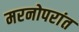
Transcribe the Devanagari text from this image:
मरनोपरांत